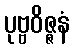
ပုဗ္ဗဝိဇ္ဇနံ